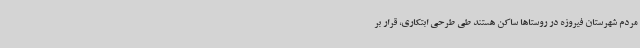
مردم شهرستان فیروزه در روستاها ساکن هستند طی طرحی ابتکاری، قرار بر